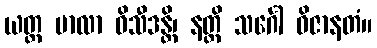
ယတ္ထ ဗာလာ ဝိသီဒန္တိ၊ နတ္ထိ သင်္ဂေါ ဝိဇာနတံ။